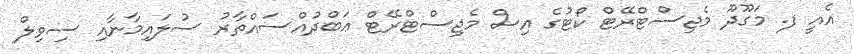
އެއީ ފ. މަގޫދޫ މެޖިސްޓްރޭޓް ކޯޓުގެ އިސް މެޖިސްޓްރޭޓް ޢަބްދުއްސައްތާރު ސުލައިމާނާއި ސިވިލް